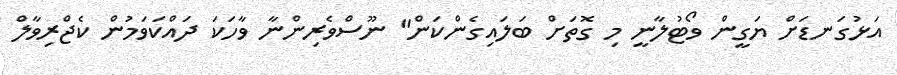
އަޅުގަނޑަށް ޔަގީން ވޯޓުލާނީ މި ގޮތަށް ބަލައިގެންކަން" ނޫސްވެރިންނާ ވާހަކަ ދައްކަވަމުން ކެޖްރިވާލް